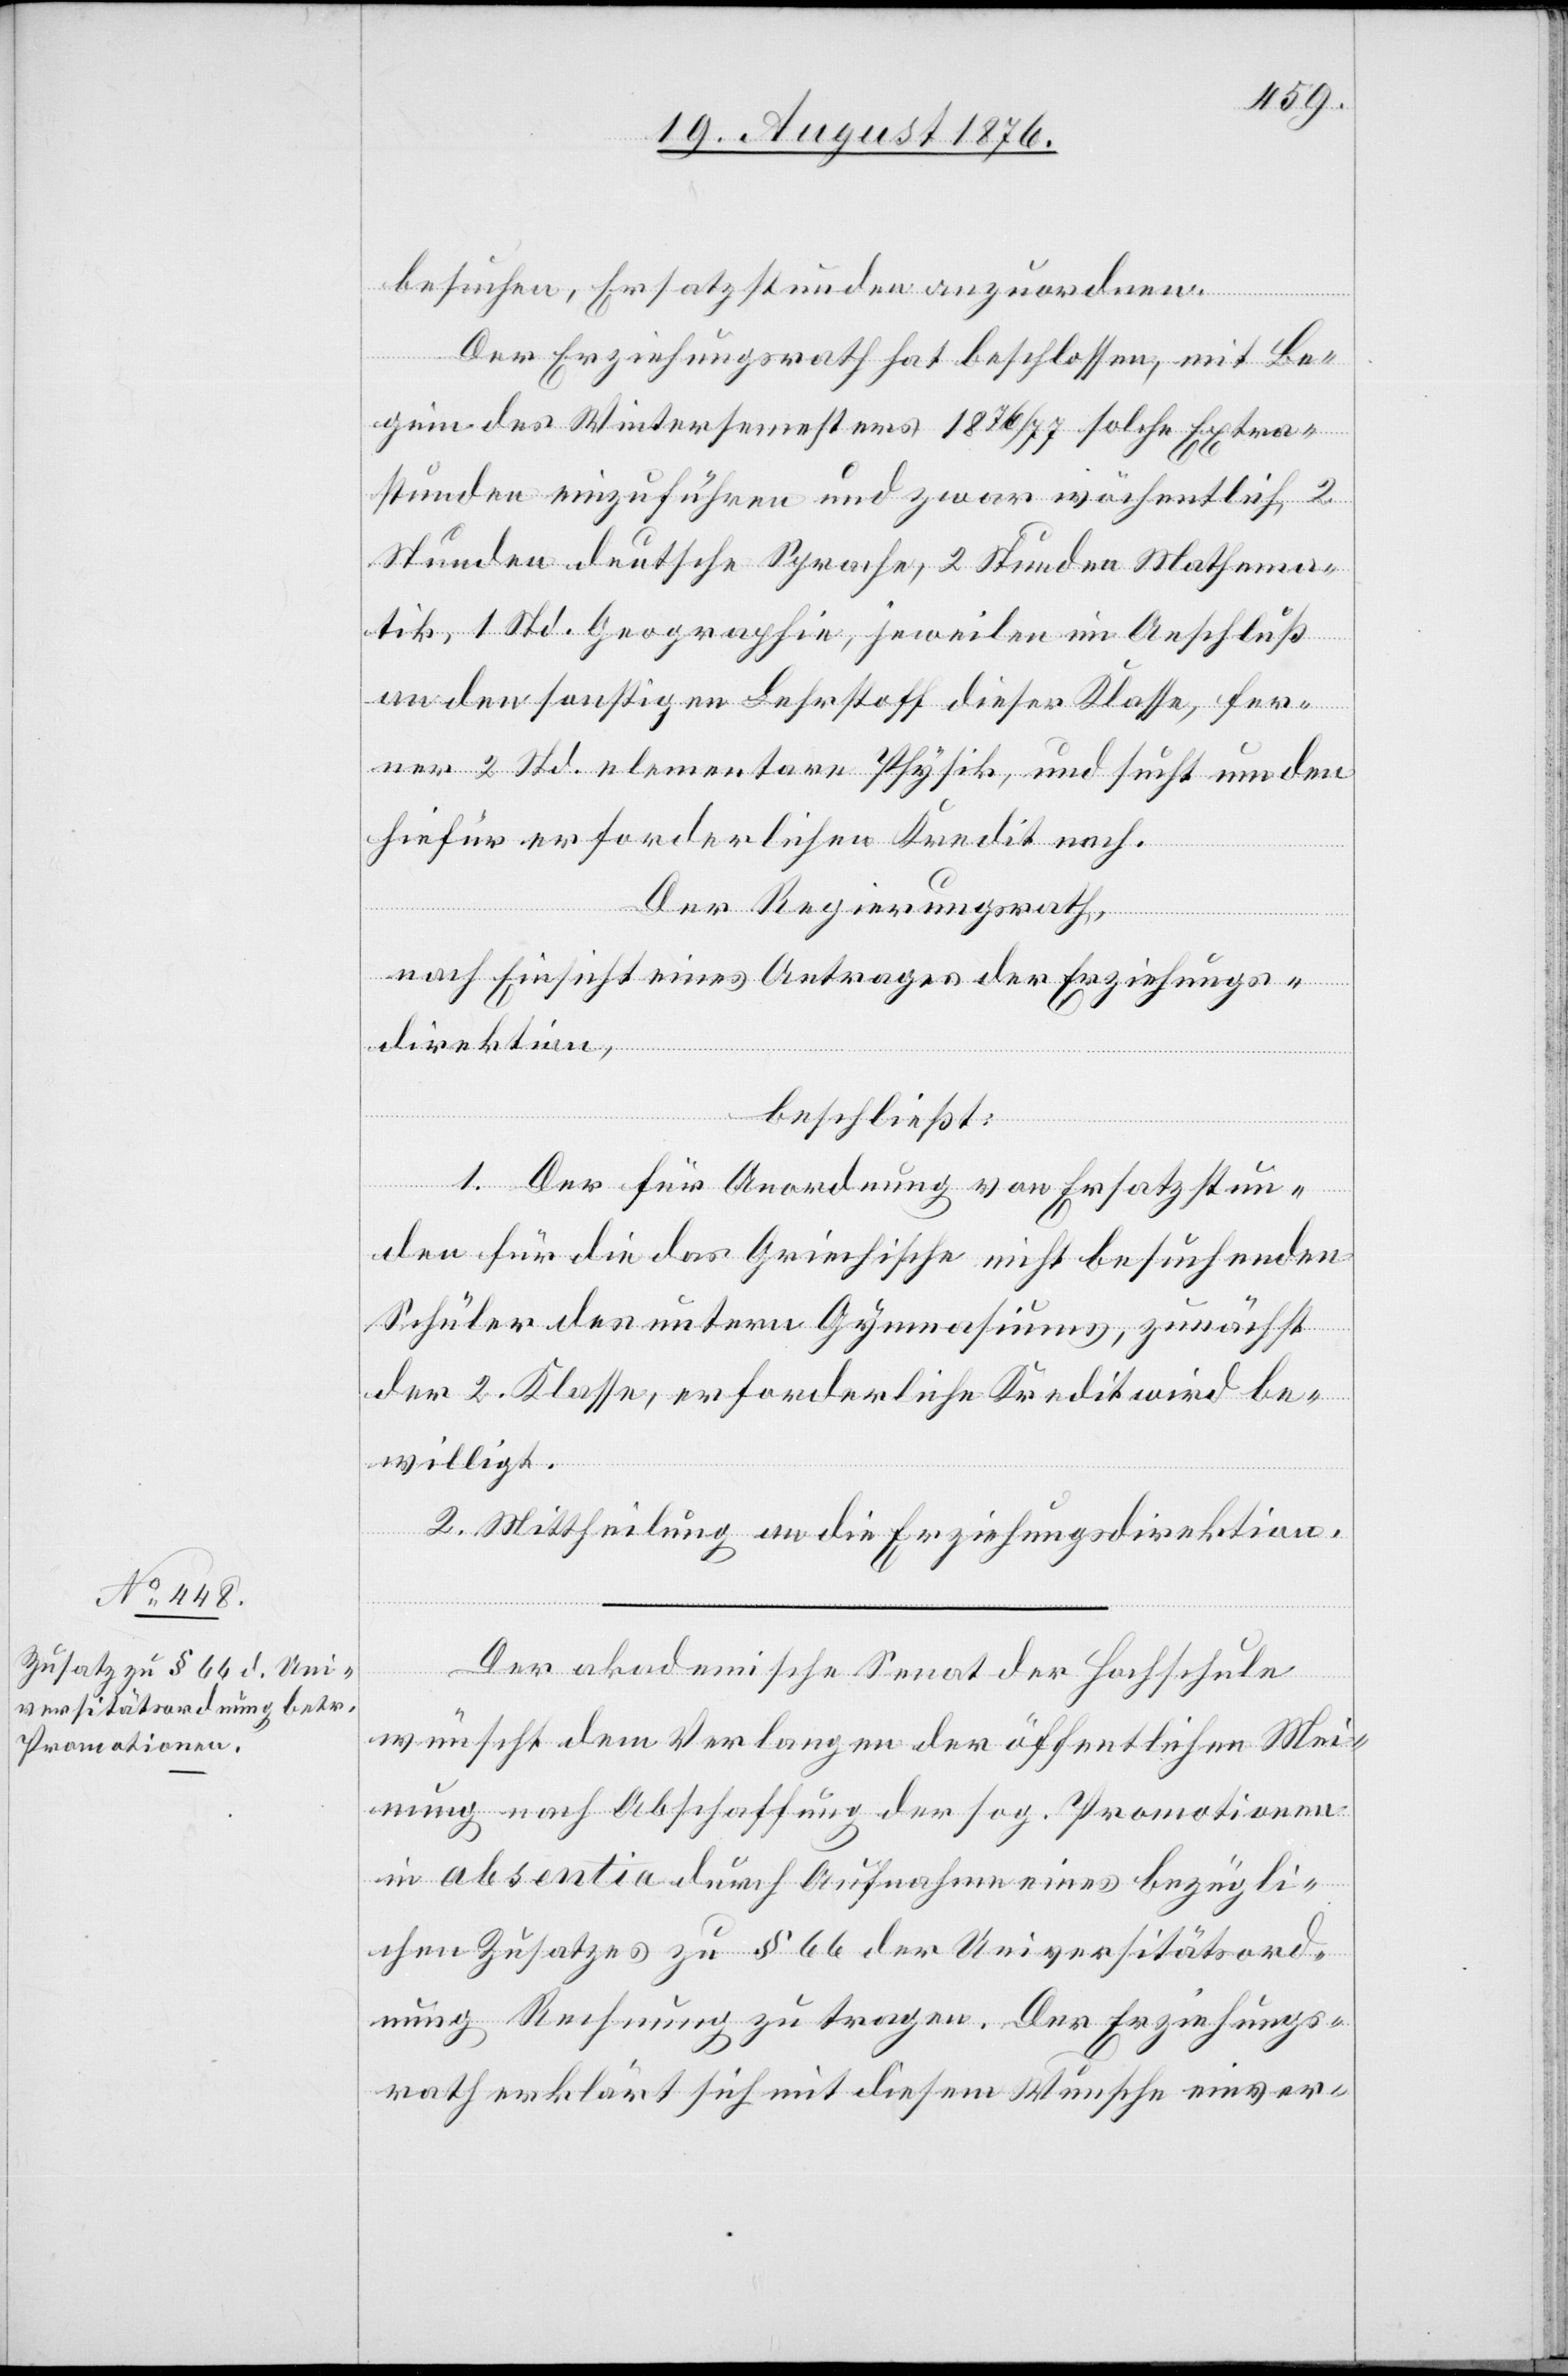
besuchen, Ersatzstunden anzuordnen.
Der Erziehungsdirektion hat beschlossen, mit Be¬
ginn des Wintersemesters 1876|77 solche Extra¬
stunden einzuführen und zwar wöchentlich 2
Stunden deutsche Sprache, 2 Stunden Mathema¬
tik, 1 Std. Geographie, jeweilen im Anschluß
an den sonstigen Lehrstoff dieser Klasse, fer¬
ner 2 Std elementare Physik, und sucht um den
hierfür erforderlichen Kredit nach.
Der Regierungsrath,
nach Einsicht eines Antrages der Erziehungs¬
direktion
beschließt:
1. Der für Anordnung von Ersatzstun¬
den für die das Griechische nicht besuchenden
Schüler des untern Gymnasiums, zunächst
der 2. Klasse, erforderliche Kredit wird be¬
willigt.
2. Mittheilung an die Erziehungsdirektion.
Der akademische Senat der Hochschule
wünscht dem Verlangen der öffentlichen Mei¬
nung nach Abschaffung der sog. Promotionen
in absentia durch Aufnahme eines bezügli¬
chen Zusatzes zu § 66 der Universitätsord¬
nung Rechnung zu tragen. Der Erziehungs¬
erklärt sich mit diesem Wunsche einver-